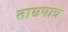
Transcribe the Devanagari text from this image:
ताम्रपात्र